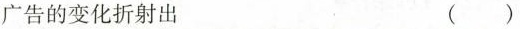
广告的变化折射出 ( )